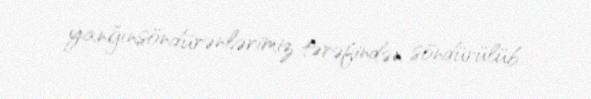
yanğınsöndürənlərimiz tərəfindən söndürülüb.